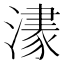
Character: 𱩀